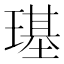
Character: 璂